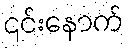
၎င်းနောက်